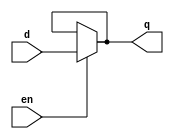
module dlatch_df(q,d,en);
  
  input en, d;
  output q;
  
  assign q = en?d:q;
  
endmodule